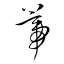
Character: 蒂